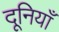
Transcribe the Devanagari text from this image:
दूनियाँ